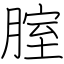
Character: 腟